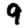
Digit: 9